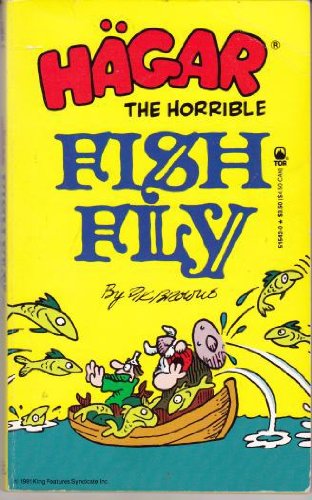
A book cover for Hagar: Fish Fly (Hagar The Horrible); Dik Browne; Humor & Entertainment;